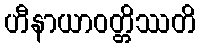
ဟီနာယာဝတ္တိဿတိ